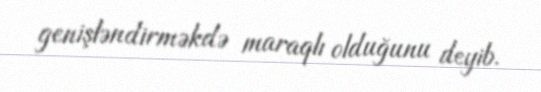
genişləndirməkdə maraqlı olduğunu deyib.